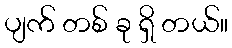
ပျက် တစ် ခု ရှိ တယ်။